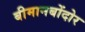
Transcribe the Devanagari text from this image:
बीमानबोंदोर